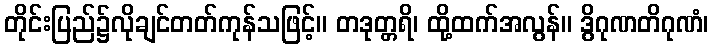
တိုင်းပြည်၌လိုချင်တတ်ကုန်သဖြင့်။ တဒုတ္တရိ၊ ထို့ထက်အလွန်။ ဒွိဂုဏတိဂုဏံ၊